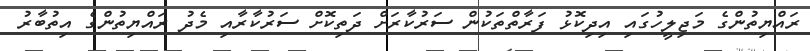
ރައްޔިތުންގެ މަޖިލީހުގައި އިދިކޮޅު ފަރާތްތަކުން ސަރުކާރަށް ދަތިކޮށް ސަރުކާރާއި މެދު ރައްޔިތުންގެ އިތުބާރު